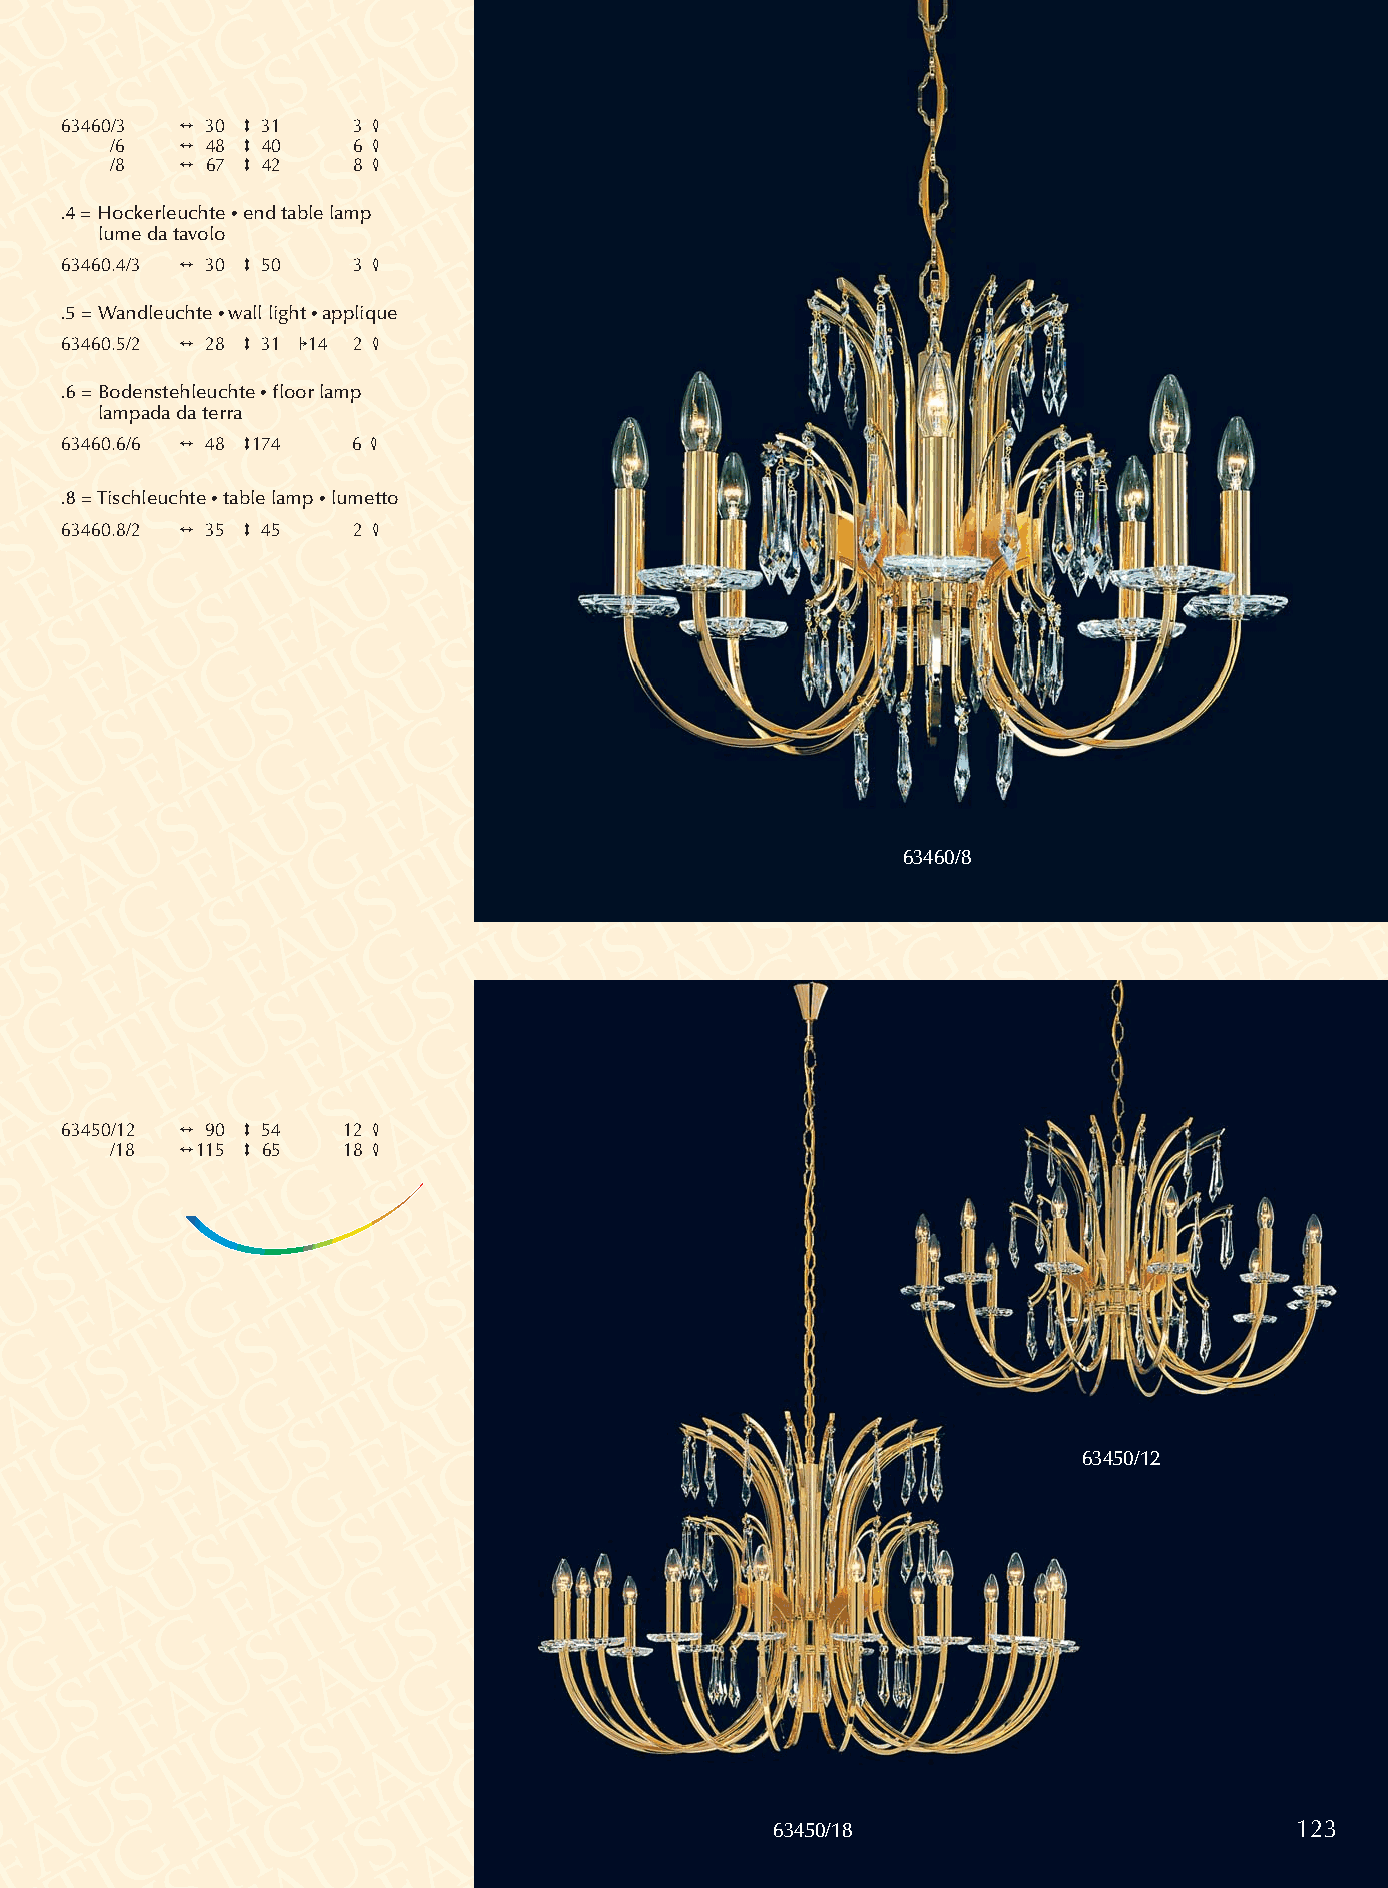
63460/3 2 30 3 31  3 4
 /6   2 48 3 40  6 4
 /8   2 67 3 42  8 4
 .4 = Hockerleuchte •end table lamp
 lume da tavolo
 63460.4/3 2 30 3 50 3 4
 .5 = Wandleuchte •wall light •applique
 63460.5/2 2 28 3 31 114 2 4
 .6 = Bodenstehleuchte •floor lamp
 lampada da terra
 63460.6/6 2 48 3174 6 4
 .8 = Tischleuchte •table lamp •lumetto
 63460.8/2 2 35 3 45 2 4
 63460/8
 63450/12 2 90 3 54 12 4
 /18  2115 3 65  18 4
 63450/12
 63450/18                           123